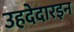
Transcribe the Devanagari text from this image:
उहदेदारइन